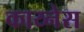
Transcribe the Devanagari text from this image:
काय्नेस